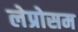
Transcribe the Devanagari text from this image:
लेप्रोसम